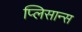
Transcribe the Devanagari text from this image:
प्लिसान्स